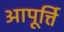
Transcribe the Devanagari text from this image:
आपूर्त्ति